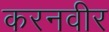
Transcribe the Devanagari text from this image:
करनवीर